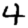
Digit: 4